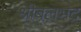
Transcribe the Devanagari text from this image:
श्रीबलभद्र